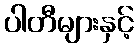
ပါတီများနှင့်